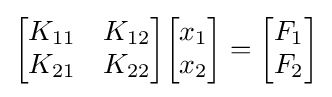
{\begin{bmatrix}K_{11}&K_{12}\\K_{21}&K_{22}\end{bmatrix}}{\begin{bmatrix}x_{1}\\x_{2}\end{bmatrix}}={\begin{bmatrix}F_{1}\\F_{2}\end{bmatrix}}